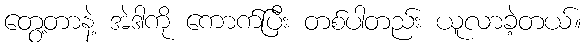
တွေ့တာနဲ့ အဲဒါကို ကောက်ပြီး တစ်ပါတည်း ယူလာခဲ့တယ်။